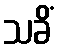
သခိံ